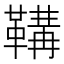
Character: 鞲